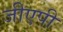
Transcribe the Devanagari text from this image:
जीएपी